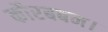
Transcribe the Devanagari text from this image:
कौरबबन।